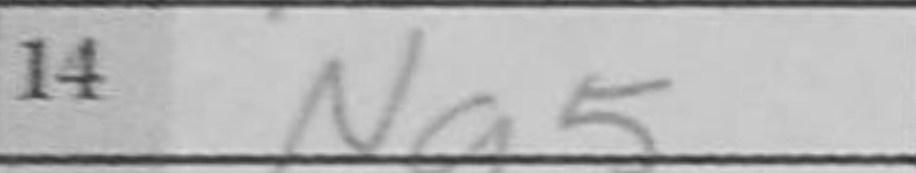
Transcription: Ng5